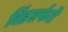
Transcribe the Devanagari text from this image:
विंडसर्फरों